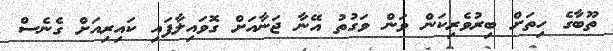
ތޫބާގެ ހިތަށް ބިރުވެރިކަން ވަން ވަގުތު އޭނާ ޖަނާއަށް ގޮވައިލާފައި ކައިރިއަށް ގެނެސް